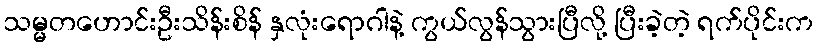
သမ္မတဟောင်းဦးသိန်းစိန် နှလုံးရောဂါနဲ့ ကွယ်လွန်သွားပြီလို့ ပြီးခဲ့တဲ့ ရက်ပိုင်းက